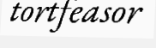
tortfeasor